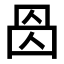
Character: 𠉁